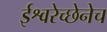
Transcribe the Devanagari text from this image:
ईश्वरेच्छेनेच